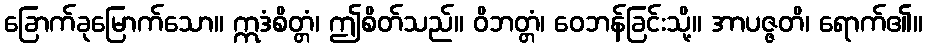
ခြောက်ခုမြောက်သော။ ဣဒံစိတ္တံ၊ ဤစိတ်သည်။ ဝိဘတ္တံ၊ ဝေဘန်ခြင်းသို့။ အာပဇ္ဇတိ၊ ရောက်၏။